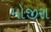
મોજીરા